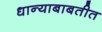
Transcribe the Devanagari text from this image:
धान्याबाबतीत